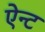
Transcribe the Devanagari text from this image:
ऐन्ट